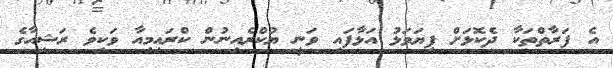
އެ ފަރާތްތަކާ ދެކޮޅަށް ފިޔަވަޅު އަޅާފައި ވަނީ ޔުކްރެއިނުން ކްރައިމިއާ ވަކިވެ ރަޝިއާގެ